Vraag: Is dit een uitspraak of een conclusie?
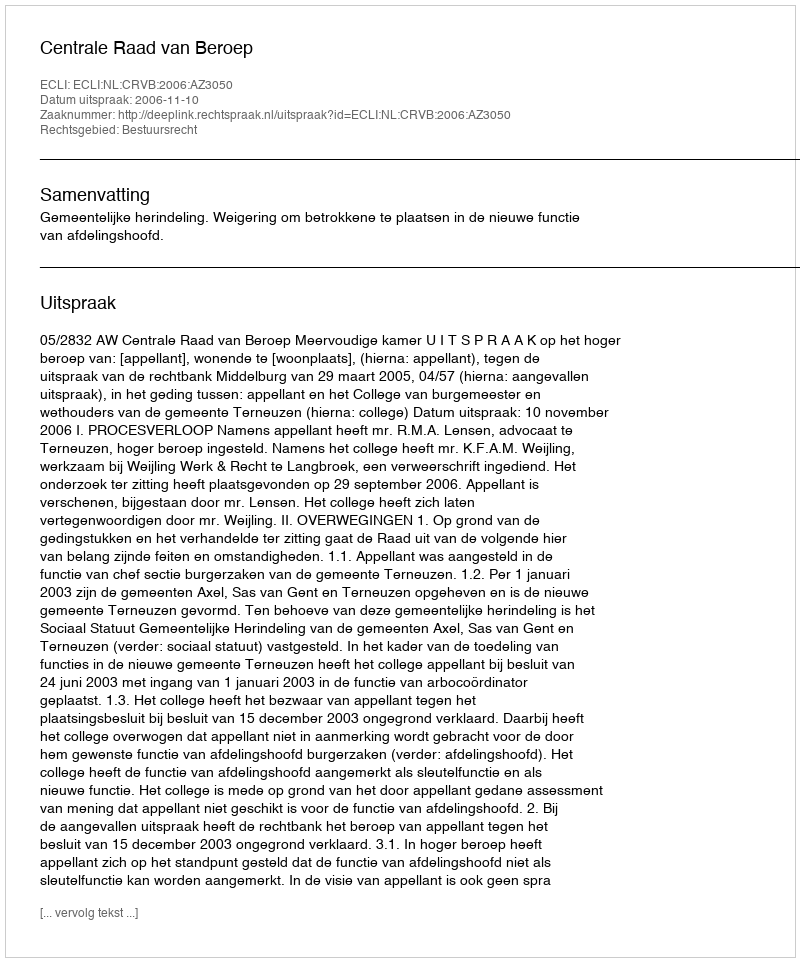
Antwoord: Uitspraak